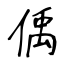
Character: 偊